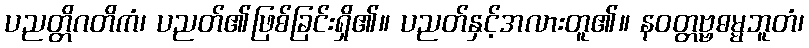
ပညတ္တိဂတိကံ၊ ပညတ်၏ဖြစ်ခြင်းရှိ၏။ ပညတ်နှင့်အလားတူ၏။ နဝတ္တဗ္ဗဓမ္မဘူတံ၊